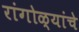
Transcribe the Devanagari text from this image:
रांगोळ्यांचे